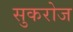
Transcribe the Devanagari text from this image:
सुकरोज